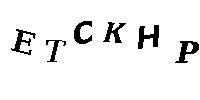
ETCKHP